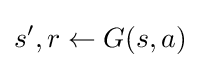
s',r\gets G(s,a)